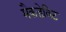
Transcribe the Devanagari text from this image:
मैकडेविट